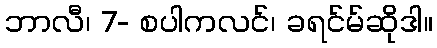
ဘာလီ၊ 7- စပါကလင်၊ ခရင်မ်ဆိုဒါ။